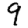
Digit: 9